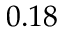
0 . 1 8